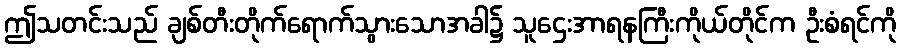
ဤသတင်းသည် ချစ်တီးတိုက်ရောက်သွားသောအခါ၌ သူဌေးအာရနကြီးကိုယ်တိုင်က ဦးစံရင်ကို